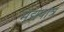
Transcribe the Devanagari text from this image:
मद्यपात्र